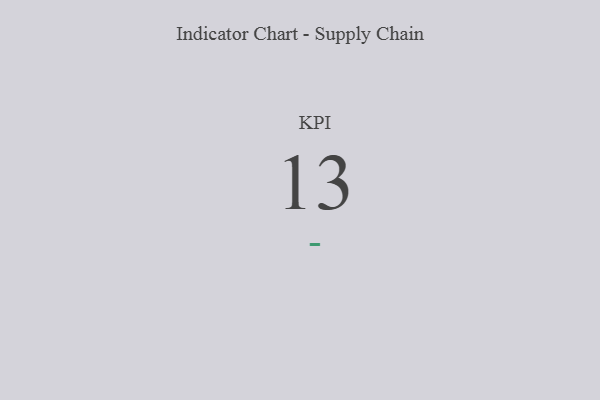
{"axis": {"x": "KPI", "y": "Value"}, "legend": [""], "data": [{"x": "KPI", "y": 13, "type": ""}]}